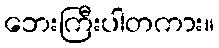
ဘေးကြီးပါတကား။